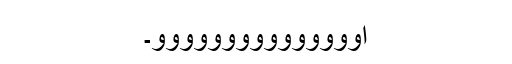
اووووووووووووووو۔